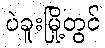
ပဲခူးမြို့တွင်